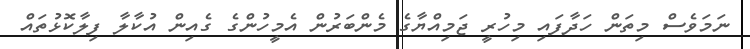
ނަމަވެސް މިތަން ހަދާފައި މިހުރީ ޖަމިއްޔާގެ މެންބަރުން އެމީހުންގެ ގެއިން އުކާލާ ފިލާކޮޅުތައް